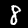
Digit: 8